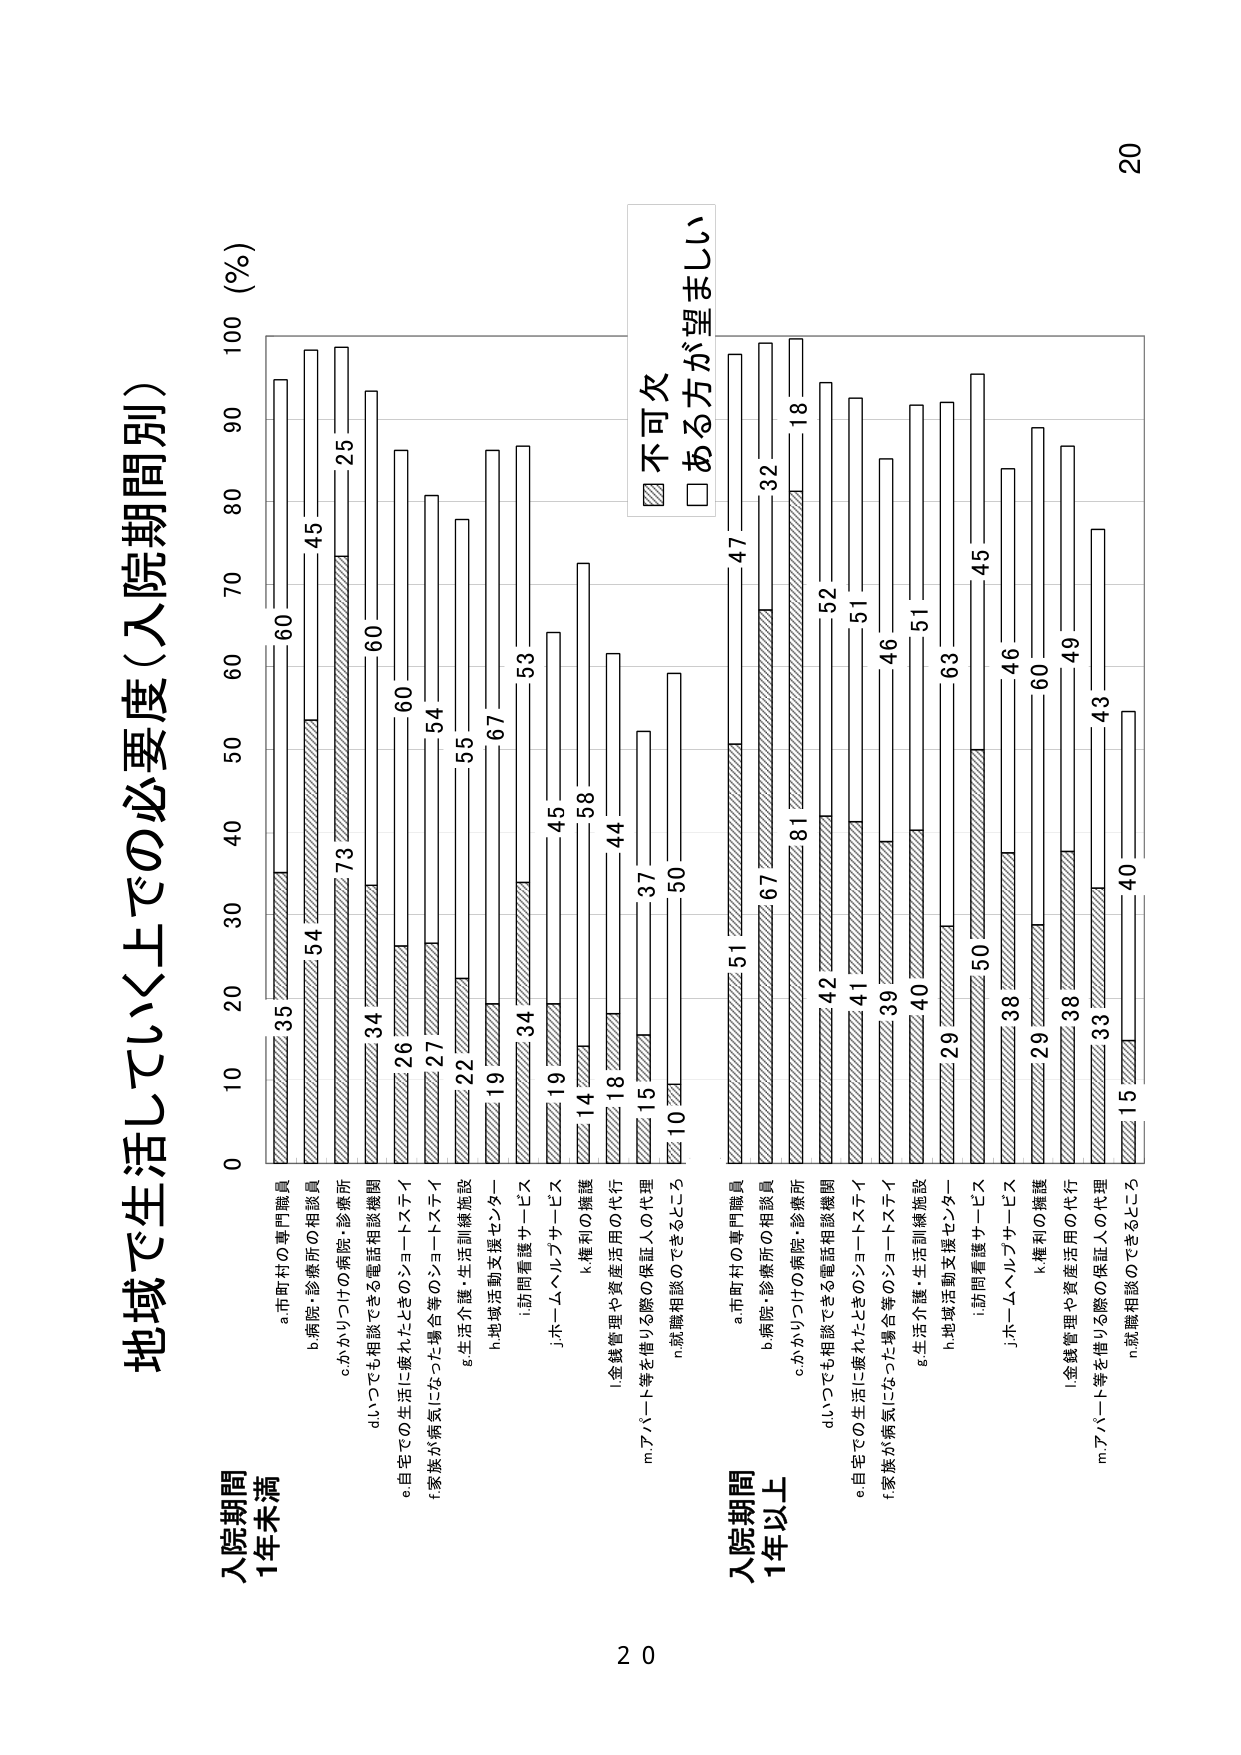
地域で生活していく上での必要度（入院期間別）

入院期間
1年未満

a.市町村の専門職員
b.病院・診療所の相談員
c.かかりつけの病院・診療所
d.いつでも相談できる電話相談機関
e.自宅での生活に疲れたらときのショートステイ
f.家族が病気になった場合等のショートステイ
g.生活介護・生活訓練施設
h.地域活動支援センター
i.訪問看護サービス
j.ホームヘルプサービス
k.権利の擁護
l.金銭管理や資産活用の代行
m.アパート等を借りる際の保証人の代理
n.就職相談のできるところ

入院期間
1年以上

a.市町村の専門職員
b.病院・診療所の相談員
c.かかりつけの病院・診療所
d.いつでも相談できる電話相談機関
e.自宅での生活に疲れたらときのショートステイ
f.家族が病気になった場合等のショートステイ
g.生活介護・生活訓練施設
h.地域活動支援センター
i.訪問看護サービス
j.ホームヘルプサービス
k.権利の擁護
l.金銭管理や資産活用の代行
m.アパート等を借りる際の保証人の代理
n.就職相談のできるところ

不可欠
ある方が望ましい

0 10 20 30 40 50 60 70 80 90 100 (%)

35 60
54 45
73 25
34 60
26 60
27 54
22 55
19 67
34 53
19 45
14 58
18 44
15 37
10 50

51 47
67 32
81 18
42 52
41 51
39 46
40 51
29 63
50 45
38 46
29 60
38 49
33 43
15 40

20